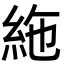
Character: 絁